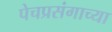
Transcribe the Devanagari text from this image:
पेचप्रसंगाच्या